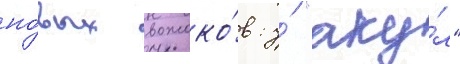
но́вых вожако́в: у́ "аку́л"